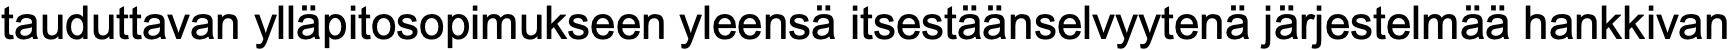
tauduttavan ylläpitosopimukseen yleensä itsestäänselvyytenä järjestelmää hankkivan